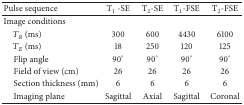
<table><thead><tr><td><b>Pulse sequence</b></td><td><b>T<sub>1</sub>-SE</b></td><td><b>T<sub>2</sub>-SE</b></td><td><b>T<sub>1</sub>-FSE</b></td><td><b>T<sub>2</sub>-FSE</b></td></tr></thead><tbody><tr><td>Image conditions </td><td> </td><td> </td><td> </td><td> </td></tr><tr><td> <i>T</i><sub><i>R</i></sub> (ms)</td><td>300</td><td>600</td><td>4430</td><td>6100</td></tr><tr><td> <i>T</i><sub><i>E</i></sub> (ms) </td><td>18</td><td>250</td><td>120</td><td>125</td></tr><tr><td> Flip angle </td><td>90°</td><td>90°</td><td>90°</td><td>90°</td></tr><tr><td> Field of view (cm) </td><td>26</td><td>26</td><td>26</td><td>26</td></tr><tr><td> Section thickness (mm) </td><td>6</td><td>6</td><td>6</td><td>6</td></tr><tr><td> Imaging plane</td><td>Sagittal</td><td>Axial</td><td>Sagittal</td><td>Coronal</td></tr></tbody></table>